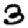
Digit: 3